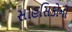
સાહસિકોનો